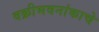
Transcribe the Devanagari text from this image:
वक्रीभवनांकाचे